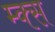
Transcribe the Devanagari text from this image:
म्क्स